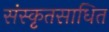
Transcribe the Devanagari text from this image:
संस्कृतसाधित